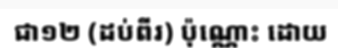
ជា១២ (ដប់ពីរ) ប៉ុណ្ណោះ ដោយ